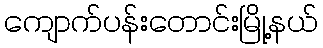
ကျောက်ပန်းတောင်းမြို့နယ်